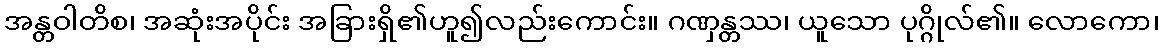
အန္တဝါတိစ၊ အဆုံးအပိုင်း အခြားရှိ၏ဟူ၍လည်းကောင်း။ ဂဏှန္တဿ၊ ယူသော ပုဂ္ဂိုလ်၏။ လောကော၊